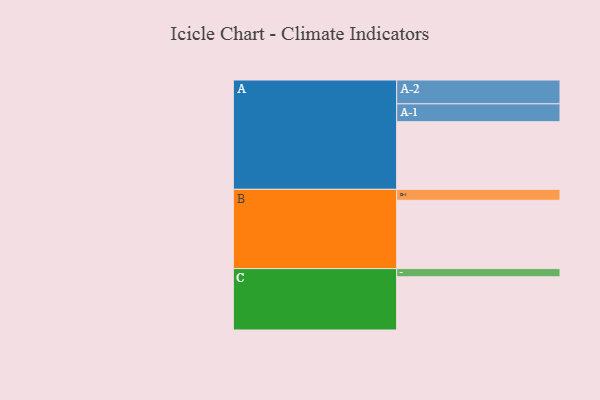
{"axis": {"x": "Segment", "y": "Value"}, "legend": ["", "A", "B", "C"], "data": [{"x": "A", "y": 488, "type": ""}, {"x": "B", "y": 493, "type": ""}, {"x": "C", "y": 384, "type": ""}, {"x": "A-1", "y": 129, "type": "A"}, {"x": "A-2", "y": 172, "type": "A"}, {"x": "B-1", "y": 79, "type": "B"}, {"x": "C-1", "y": 59, "type": "C"}]}